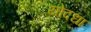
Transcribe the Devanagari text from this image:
योदधा